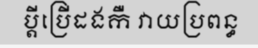
ប្តីប្រើដងកឺ វាយប្រពន្ធ